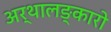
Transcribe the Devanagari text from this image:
अर्थालङ्कारो